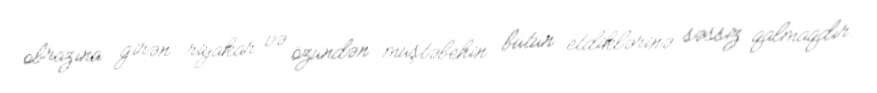
obrazına girən riyakar və özündən müştəbehin bütün etdiklərinə səssiz qalmaqdır.